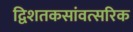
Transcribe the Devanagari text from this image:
द्विशतकसांवत्सरिक